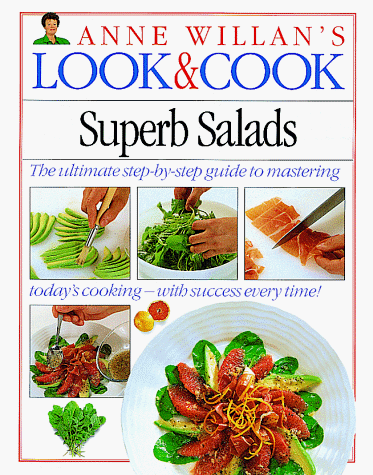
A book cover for Superb Salads (Anne Willan's Look and Cook); Anne Willan; Cookbooks, Food & Wine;